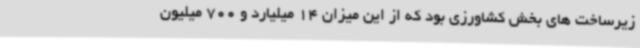
زیرساخت های بخش کشاورزی بود که از این میزان 14 میلیارد و 700 میلیون